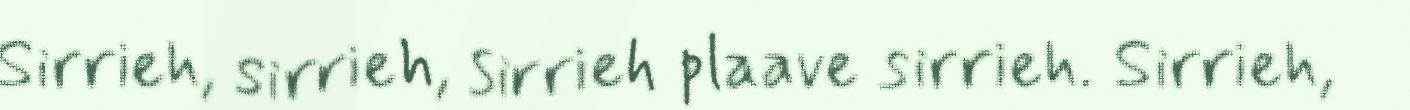
Sirrieh, sirrieh, sirrieh plaave sirrieh. Sirrieh,